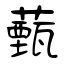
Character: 薽